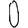
Digit: 0